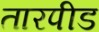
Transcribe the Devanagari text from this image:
तारपीड